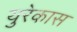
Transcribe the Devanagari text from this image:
युरेकास